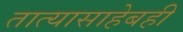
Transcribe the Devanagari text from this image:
तात्यासाहेबही